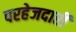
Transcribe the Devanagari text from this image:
परहेजदारी